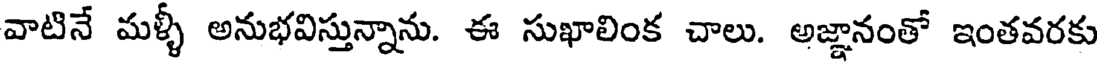
వాటినే మళ్ళీ అనుభవిస్తున్నాను. ఈ సుఖాలింక చాలు. అజ్ఞానంతో ఇంతవరకు